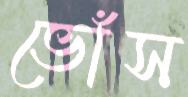
ভোঁস